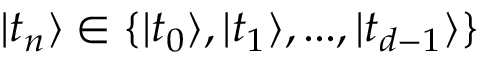
{ | t _ { n } \rangle \in \{ | t _ { 0 } \rangle , | t _ { 1 } \rangle , . . . , | t _ { d - 1 } \rangle \} }